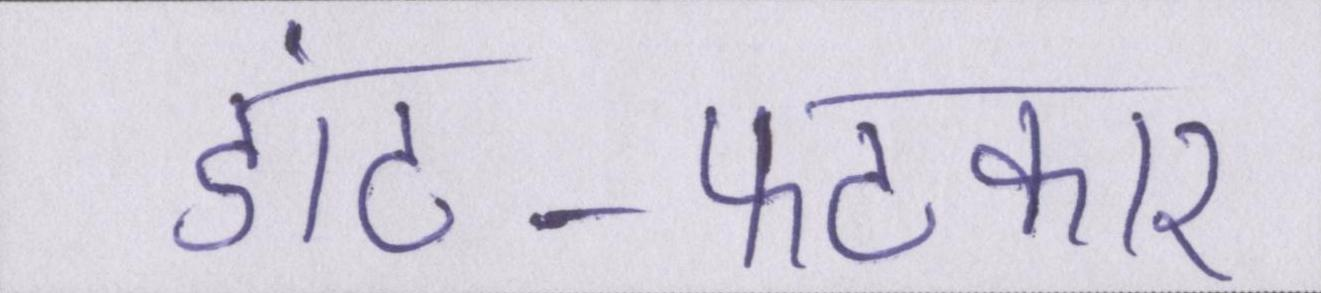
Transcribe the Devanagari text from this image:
डांट-फटकार